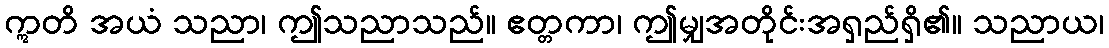
ဣတိ အယံ သညာ၊ ဤသညာသည်။ ဧတ္တကာ၊ ဤမျှအတိုင်းအရှည်ရှိ၏။ သညာယ၊